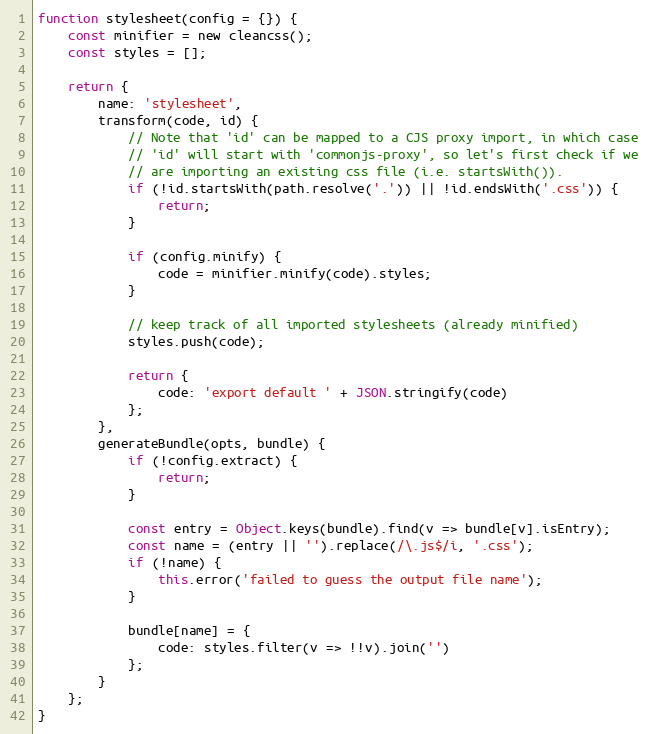
Language: JavaScript
function stylesheet(config = {}) {
	const minifier = new cleancss();
	const styles = [];

	return {
		name: 'stylesheet',
		transform(code, id) {
			// Note that 'id' can be mapped to a CJS proxy import, in which case
			// 'id' will start with 'commonjs-proxy', so let's first check if we
			// are importing an existing css file (i.e. startsWith()).
			if (!id.startsWith(path.resolve('.')) || !id.endsWith('.css')) {
				return;
			}

			if (config.minify) {
				code = minifier.minify(code).styles;
			}

			// keep track of all imported stylesheets (already minified)
			styles.push(code);

			return {
				code: 'export default ' + JSON.stringify(code)
			};
		},
		generateBundle(opts, bundle) {
			if (!config.extract) {
				return;
			}

			const entry = Object.keys(bundle).find(v => bundle[v].isEntry);
			const name = (entry || '').replace(/\.js$/i, '.css');
			if (!name) {
				this.error('failed to guess the output file name');
			}

			bundle[name] = {
				code: styles.filter(v => !!v).join('')
			};
		}
	};
}